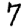
Digit: 7